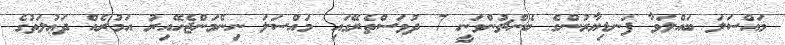
މައްސަލަ ބައްލަވާ ފަނޑިޔާރުންގެ ބެންޗުންވަނީ 7 ދުވަސްތެރޭގައި މައްސަލަ ނިންމަންޖެހޭއިރު އަމުރެއް ދަޢުލަތުގެ